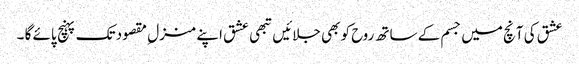
عشق کی آنچ میں جسم کے ساتھ روح کو بھی جلائیں تبھی عشق اپنے منزل ِ مقصود تک پہنچ پائے گا ۔